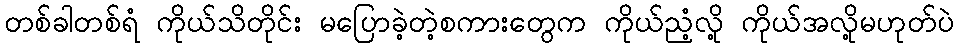
တစ်ခါတစ်ရံ ကိုယ်သိတိုင်း မပြောခဲ့တဲ့စကားတွေက ကိုယ်ညံ့လို့ ကိုယ်အလို့မဟုတ်ပဲ